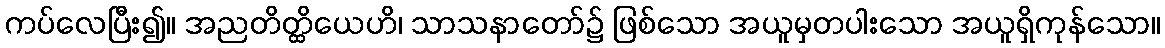
ကပ်လေပြီး၍။ အညတိတ္ထိယေဟိ၊ သာသနာတော်၌ ဖြစ်သော အယူမှတပါးသော အယူရှိကုန်သော။